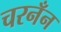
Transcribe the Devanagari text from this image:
चरनँन